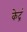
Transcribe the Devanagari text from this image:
केद्रं